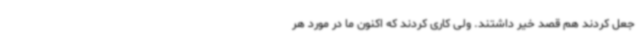
جعل کردند هم قصد خیر داشتند. ولی کاری کردند که اکنون ما در مورد هر